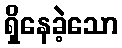
ရှိနေခဲ့သော